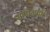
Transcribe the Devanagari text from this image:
समाजकी